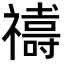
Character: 𮂞